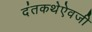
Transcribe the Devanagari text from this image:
दंतकथेऐवजी